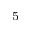
^ { - 5 }